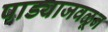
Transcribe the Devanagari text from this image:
पाड्याजवळून